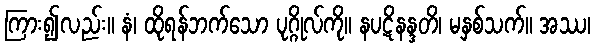
ကြား၍လည်း။ နံ၊ ထိုရန်ဘက်သော ပုဂ္ဂိုလ်ကို။ နပဋိနန္ဒတိ၊ မနှစ်သက်။ အဿ၊